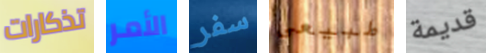
تذكارات الأمر سفر طبيعى قديمة